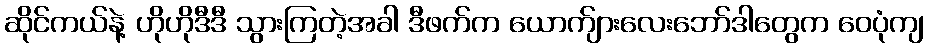
ဆိုင်ကယ်နဲ့ ဟိုဟိုဒီဒီ သွားကြတဲ့အခါ ဒီဖက်က ယောက်ျားလေးဘော်ဒါတွေက ဝေပုံကျ